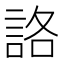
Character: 詻